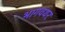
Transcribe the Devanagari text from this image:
भागवथर